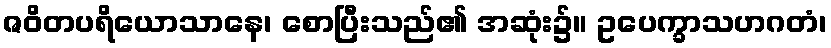
ဇဝိတပရိယောသာနေ၊ စောပြီးသည်၏ အဆုံး၌။ ဥပေက္ခာသဟဂတံ၊